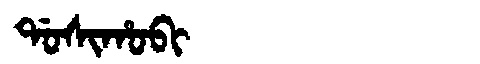
Manchu: ᡩᠣᠰᡳᡥᠣᠪᡳ
Romanization: DOSIHOBI